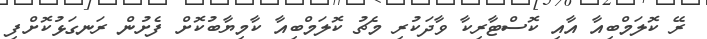
ރޭ ކޮލަމްބިއާ އާއި ކޮސްޓާރިކާ ވާދަކުރި މެޗު ކޮލަމްބިއާ ކާމިޔާބުކޮށް ފެށުން ރަނގަޅުކޮށްފި